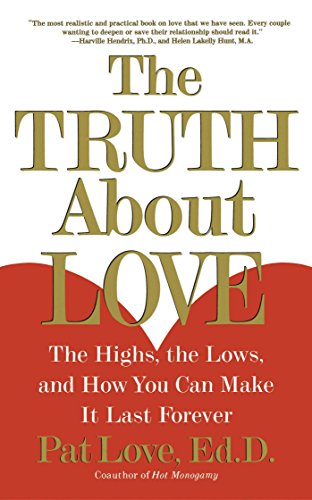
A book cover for The Truth About Love: The Highs, the Lows, and How You Can Make It Last Forever; Dr. Patricia Love; Health, Fitness & Dieting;